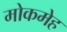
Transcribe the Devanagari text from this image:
मोकमेह